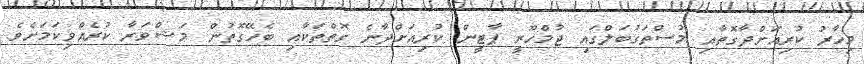
މިހާރު ކުރިއަށްދާގޮތާއި މުސްތަގުބަލްގައި ޖުމްހޫރީ ޕާޓީން ކުރިއަށްދާނެ ގޮތްތަކާއި ބެހޭގޮތުން މަޝްވަރާ ކުރެއްވިކަމަށެވެ.